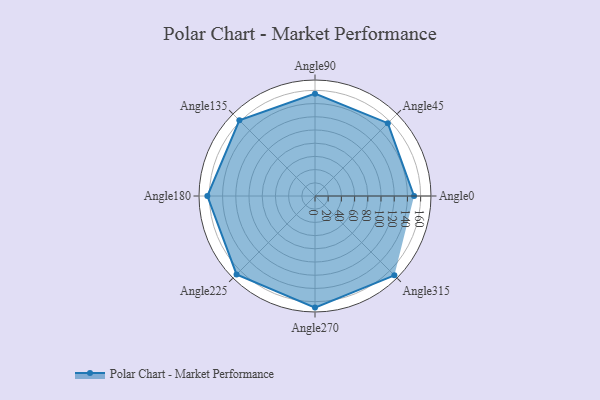
{"axis": {"x": "Angle", "y": "Radius"}, "legend": [""], "data": [{"x": "Angle0", "y": 150.0, "type": ""}, {"x": "Angle45", "y": 156.0, "type": ""}, {"x": "Angle90", "y": 155.0, "type": ""}, {"x": "Angle135", "y": 162.0, "type": ""}, {"x": "Angle180", "y": 163.0, "type": ""}, {"x": "Angle225", "y": 168.0, "type": ""}, {"x": "Angle270", "y": 169.0, "type": ""}, {"x": "Angle315", "y": 170, "type": ""}]}